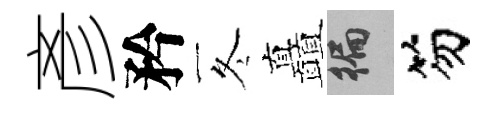
彥矜冬矗徧笏